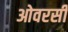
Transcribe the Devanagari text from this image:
ओवरसी